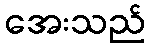
အေးသည်